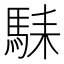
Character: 𱄛